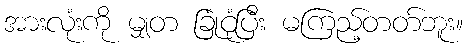
အားလုံးကို မျှတ ခြုံငုံပြီး မကြည့်တတ်ဘူး။